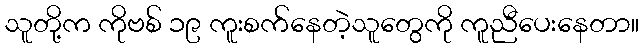
သူတို့က ကိုဗစ် ၁၉ ကူးစက်နေတဲ့သူတွေကို ကူညီပေးနေတာ။